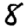
Digit: 8